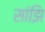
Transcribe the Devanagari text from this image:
सांझि